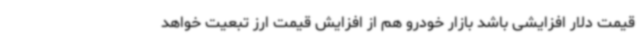
قیمت دلار افزایشی باشد بازار خودرو هم از افزایش قیمت ارز تبعیت خواهد